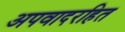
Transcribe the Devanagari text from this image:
अपवादरहित